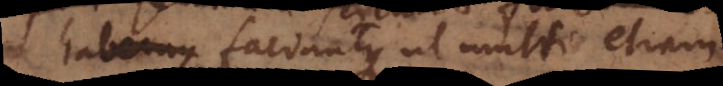
habemus, faciuntque ut multi etiam